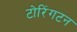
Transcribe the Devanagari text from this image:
टोरिंगटन